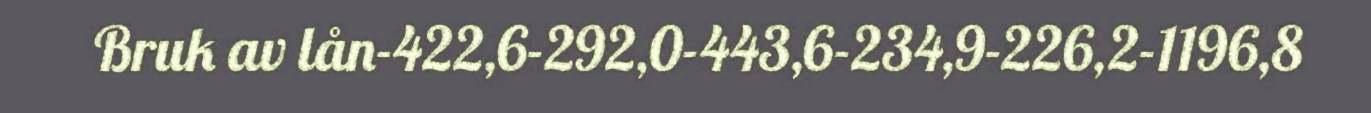
Bruk av lån-422,6-292,0-443,6-234,9-226,2-1196,8